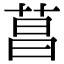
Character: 菖